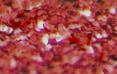
المميزات